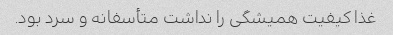
غذا کیفیت همیشگی را نداشت متأسفانه و سرد بود.